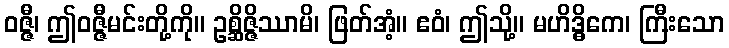
ဝဇ္ဇီ၊ ဤဝဇ္ဇီမင်းတို့ကို။ ဥစ္ဆိဇ္ဇိဿာမိ၊ ဖြတ်အံ့။ ဧဝံ၊ ဤသို့။ မဟိဒ္ဓိကေ၊ ကြီးသော